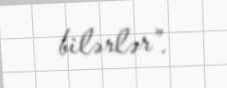
bilərlər”.